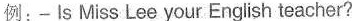
例:-Is Miss Lee your English teacher?